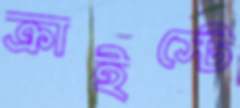
ক্রাইস্টে